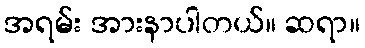
အရမ်း အားနာပါတယ်။ ဆရာ။